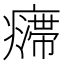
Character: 𱱣